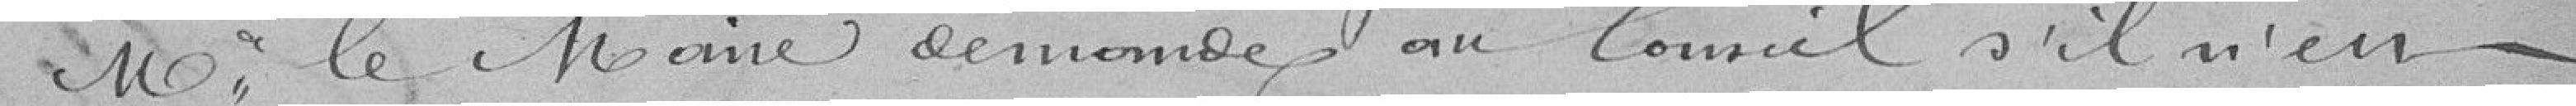
Mo; le Maire demonde au Coursil s'il n'en -